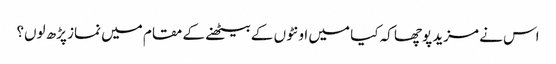
اس نے مزید پوچھا کہ کیا میں اونٹوں کے بیٹھنے کے مقام میں نماز پڑھ لوں؟